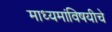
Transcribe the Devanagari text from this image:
माध्यमांविषयीचे